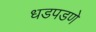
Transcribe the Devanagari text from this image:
धडपडणे